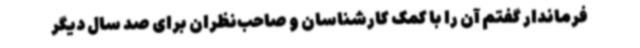
فرماندار گفتم آن را با کمک کارشناسان و صاحب‌نظران برای صد سال دیگر